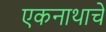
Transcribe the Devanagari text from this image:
एकनाथाचे